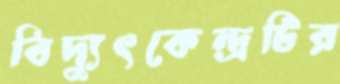
বিদ্যুৎকেন্দ্রটির